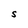
Character: S